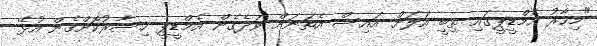
"މިހާރު އެމްޑީޕީގައި ތިބީ އަލަށް އައިސް އެތަނަށް ވަދެގެން އެމްޑީޕީ ހިސާރުކޮށްގެން އުޅޭ